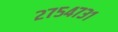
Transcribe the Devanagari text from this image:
२७५४७३१